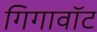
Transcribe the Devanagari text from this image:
गिगावॉट